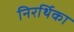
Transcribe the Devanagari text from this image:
निरर्थिका